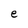
Character: e